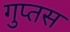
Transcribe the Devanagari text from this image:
गुप्तस